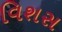
વિશસ